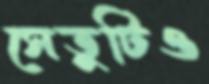
সেতুটিও